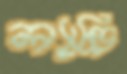
ল্যান্ড্রি